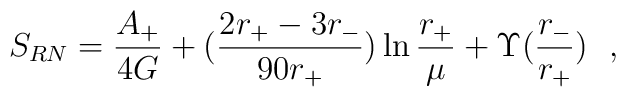
S_{RN}={A_+\over 4G}+({2r_+-3r_-\over 90r_+})\ln {r_+\over \mu}+\Upsilon ({r_-\over r_+})~~,